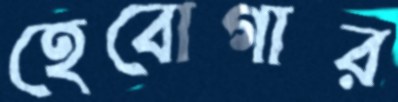
হেবোগার